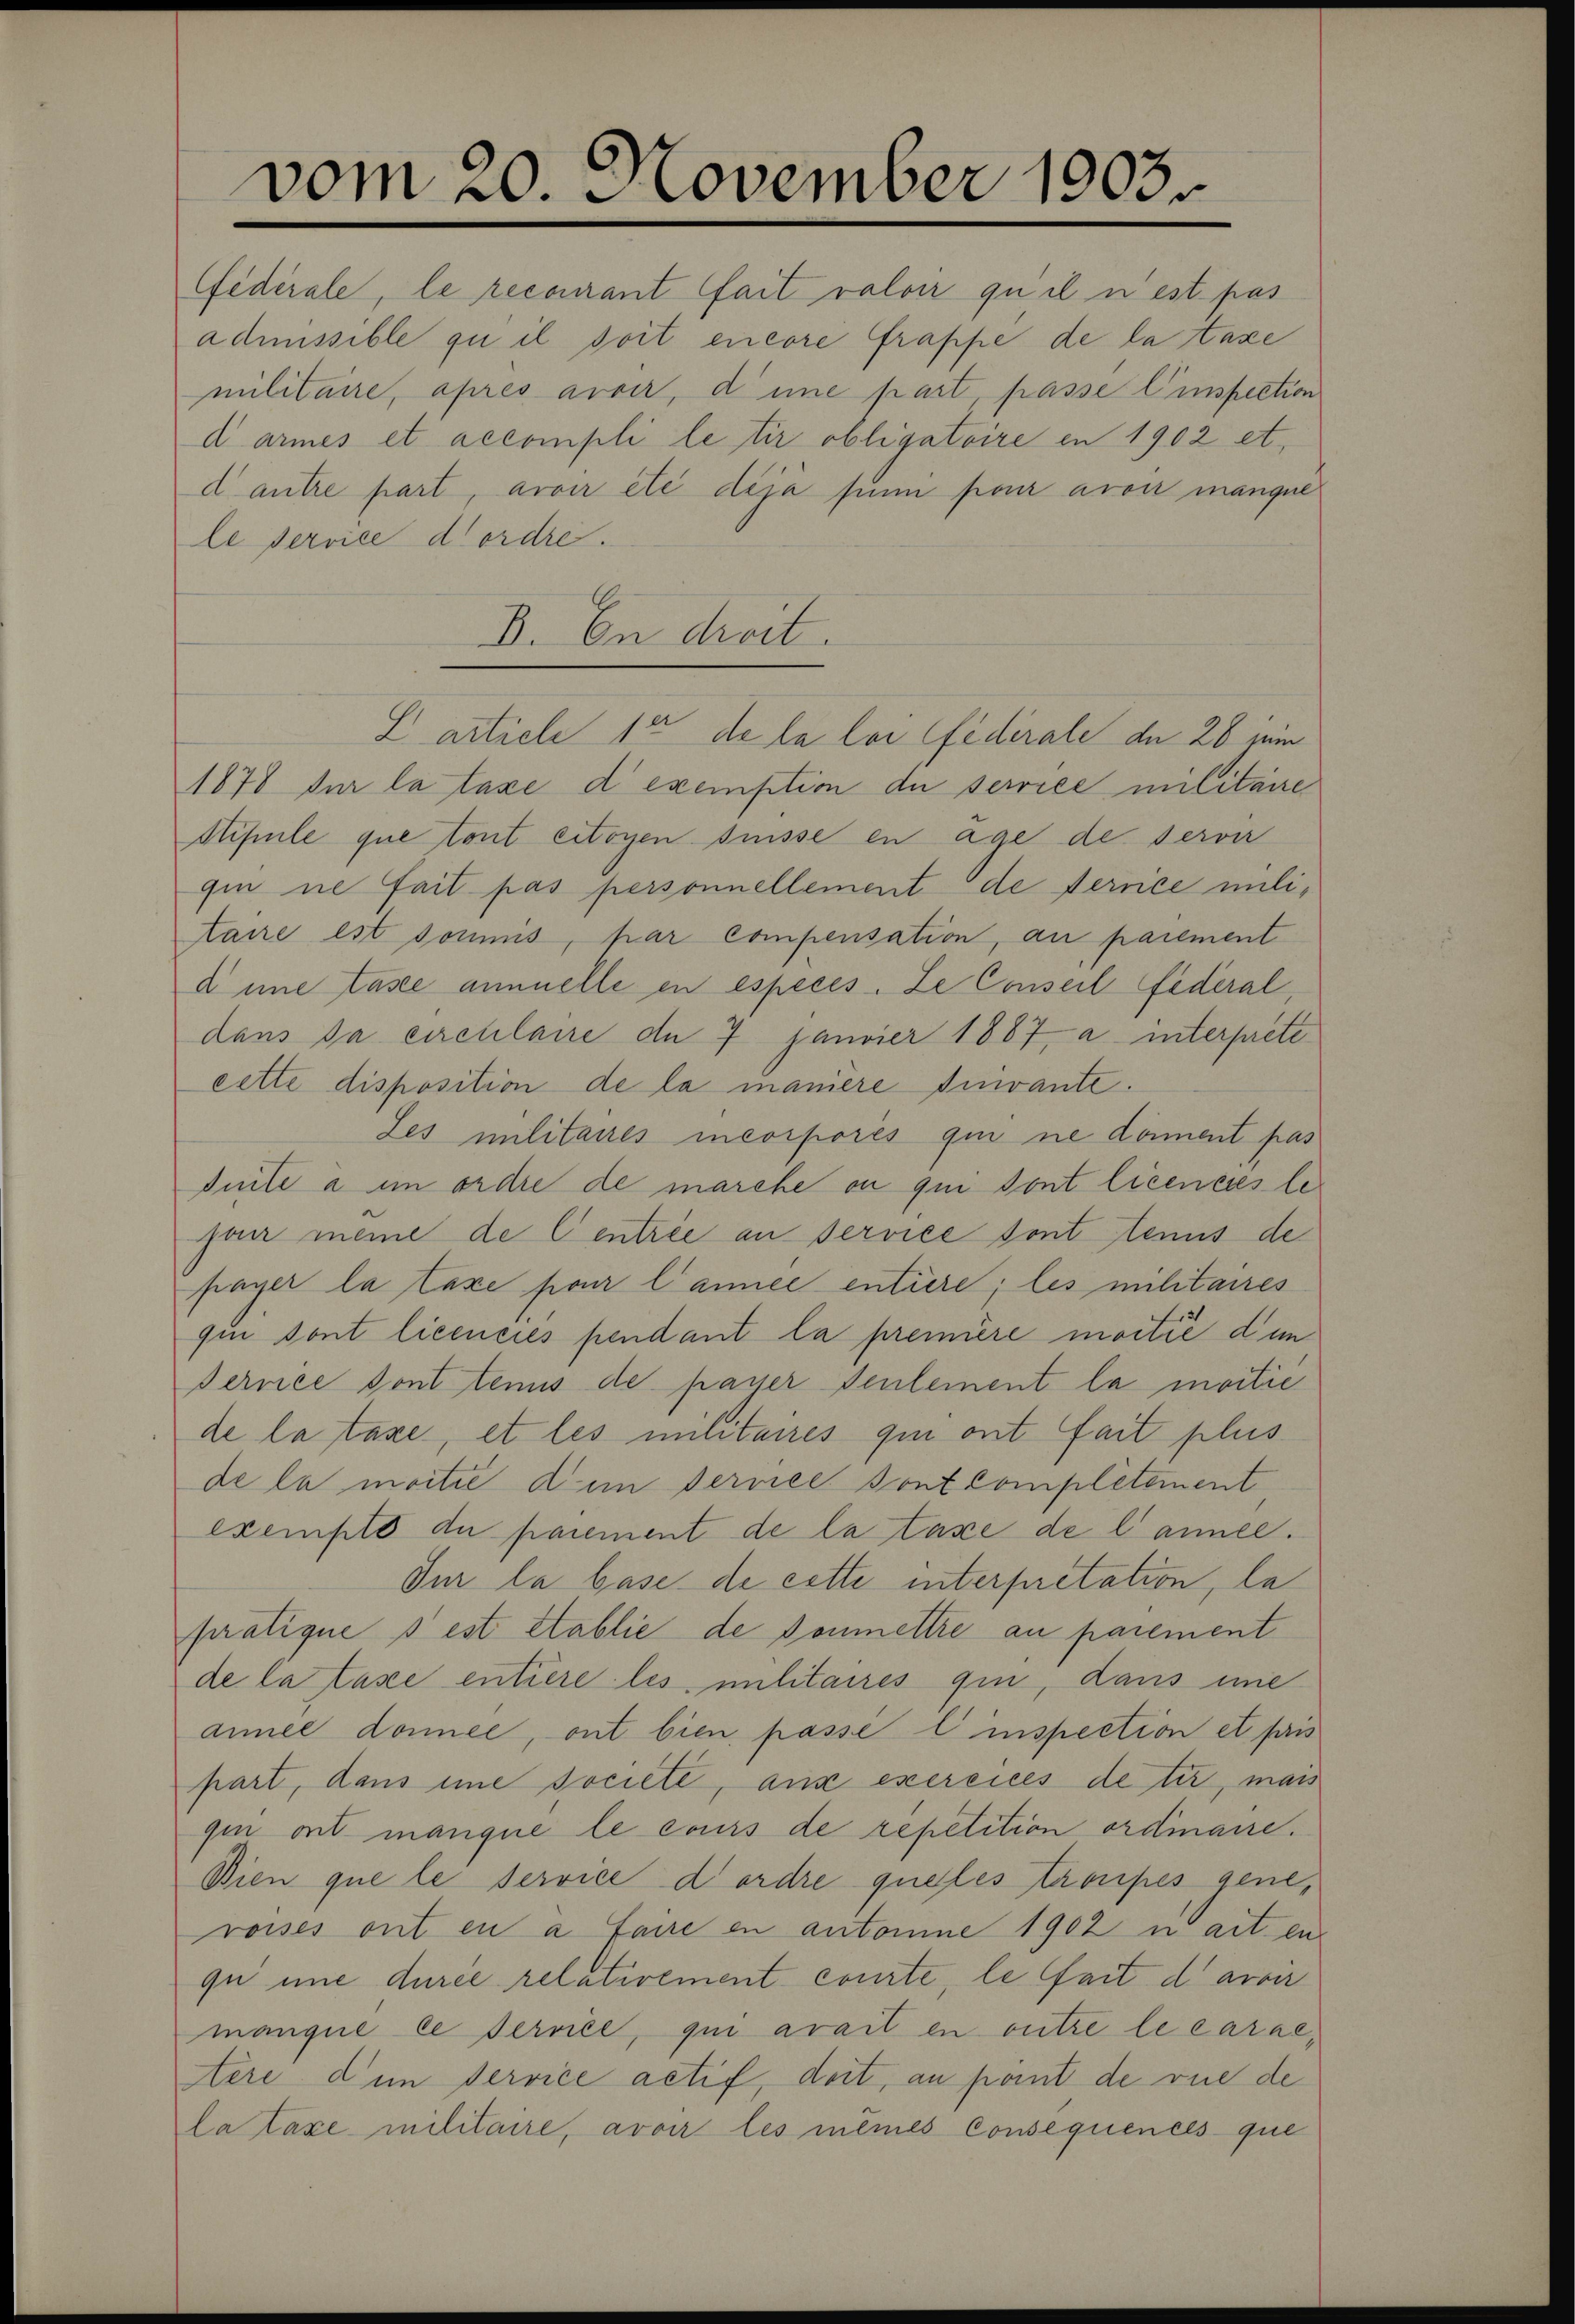
vom 20. November 1903.

militaire, après avoir, dene part, passe Einspection
darmes et accompli le tir obligatoire in 1902 et.
d’autre part, avoir été dija un pour avoir manque
le service dordre.
1878 der la taxe d exemption de service militaire
Stipule que tout citoyen süsse en age de server
qui ne fait pas personnellement de terrice militaire est soumis, par compensation, au parement
dine Tasee annuelle in espèces. Le Conseil fédéral,
dans da circulaire de 7 Janvier 1887, a interprete
cette disposition de la maniere Einvante.
Les militaires incorporés qui ne donnent pas
duite a im ordre de marche ou qui sont licences lefan meine de Centrie an service sont tenus de
payer la taxe pour l’année entiere; les militaires
qui sont licencies pendant la première moitié dun
Perrice sont tenus de passer seulement la moitié
de la taxe, et les militaires qui ont fait plus
de la moitié dum dersee sont complétement
exemplo du paiement de la taxe de l’annel.
Jur la base de cette interpretation, la
pratique s est établie de Doumettre au parement
de la tase entière les militaires qui, dans eine
annel donnée, ont bien passe Einspection et pris
part, dans eine societe, aus exercices de tir, mais
qui ont manque le cours de repetition ordinaire.
Bien que le service d’ordre queles troupes gene,
roises ont en a faire en antone 1902 n ait en
qu une durée relativement courte, le fait d avoir
manque le Terriée, qui avait en outre le caraestere den service actif, deit, an point de vue de
la taxe militaire, avoir les mêmes Consequenels que

Ffidérale, le recourant fait valoir qu’il n’est pas
admissible zu il doit encore frappe de la taxe

D. On droit.
E article 14 de la loi fédérale de 26 sein